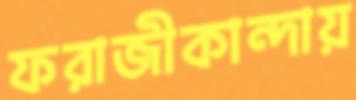
ফরাজীকান্দায়